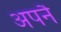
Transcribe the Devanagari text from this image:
अपनै